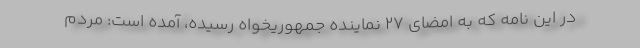
در این نامه که به امضای ۲۷ نماینده جمهوریخواه رسیده، آمده است: مردم